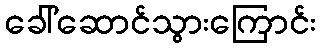
ခေါ်ဆောင်သွားကြောင်း